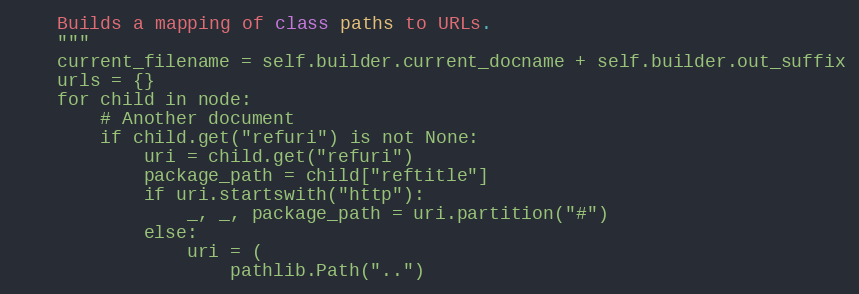
Language: Python
    Builds a mapping of class paths to URLs.
    """
    current_filename = self.builder.current_docname + self.builder.out_suffix
    urls = {}
    for child in node:
        # Another document
        if child.get("refuri") is not None:
            uri = child.get("refuri")
            package_path = child["reftitle"]
            if uri.startswith("http"):
                _, _, package_path = uri.partition("#")
            else:
                uri = (
                    pathlib.Path("..")